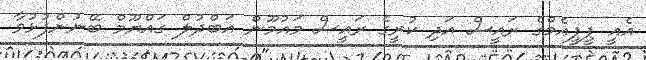
އެއީ ޕީޕީއެމްގެ ރައީސް އަދި ކުރީގެ ރައީސް މައުމޫން އަބްދުލް ގައްޔޫމް ބޭނުންފުޅުވާ